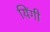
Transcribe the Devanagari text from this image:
यिंगी